Annual report of the Prince of Wales Medical College, Patna
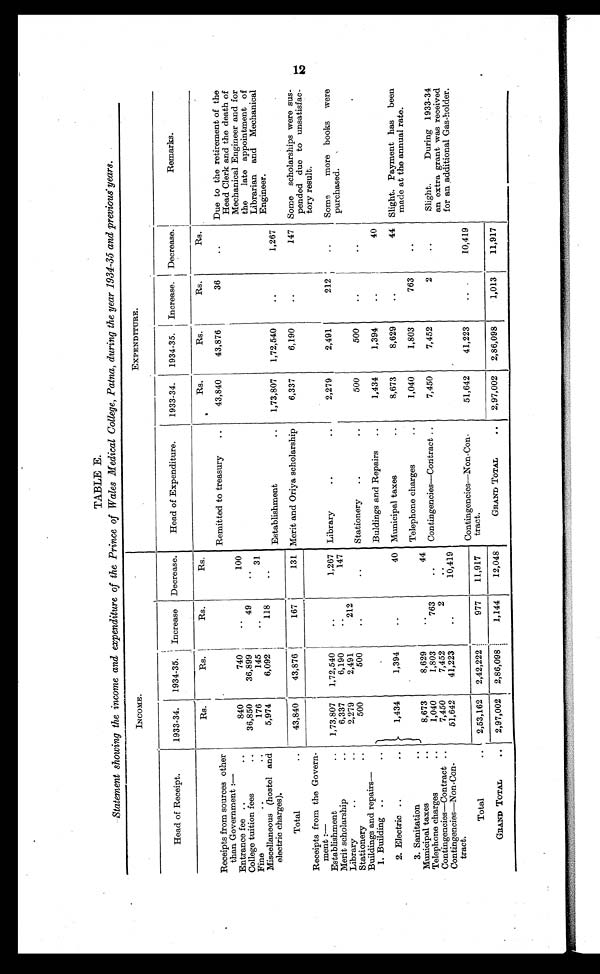
TABLE E.
Statement showing the income and expenditure of the Prince of Wales Medical College, Patna, during the year 1934–35 and previous years.
INCOME.
EXPENDITURE.
Head of Receipt.
1933–34.
1934–35. Increase
Decrease.
Head of Expenditure.
1933–34.
1934–35.
I n c r e a s e . Decrease.
Remarks.
Rs.
Rs.
Rs.
Rs.
Rs.
Rs.
Rs.
Rs.
Receipts from sources other
than Government:—
Remitted to treasury
..
43,840
43,876
36
..
Due to the retirement of the
Head Clerk and the death of
Mechanical Engineer and for
the late appointment of
Librarian and Mechanical
Engineer.
Entrance fee ..
..
840
740
..
100
College tuition fees
..
36,850
36,899
49
..
Fine
..
..
176
145
..
31
Miscellaneous (hostel and
electric charges).
5,974
6,092
118
..
Establishment
..
1,73,807
1,72,540
..
1,267
Total
..
43,840
43,876
167
131 Merit and Oriya scholarship
6,337
6,190
..
147 Some scholarships were sus-
pended due to unsatisfac-
tory result.
Receipts from the Govern-
ment:—
Establishment
..
1,73,807
1,72,540
. .
1,267 Library
. .
..
2,279
2,491
212
. .
Some more books were
purchased.
Merit scholarship
..
6,337
6,190
..
147
Library
..
..
2,279
2,491
212
Stationery
..
500
500
..
..
Stationery
..
..
500
500
..
..
Buildings and repairs
—
1. Building ..
..
1,434
1,394
..
40
Buldings and Repairs
..
1,434
1,394
..
40
2. Electric ..
..
Municipal taxes
..
8,673
8,629
..
44 Slight. Payment has been
made at the annual rate.
3. Sanitation
. .
Telephone charges
..
1,040
1,803
763
..
Municipal taxes
..
8,673
8,629
..
44
Telephone charges
..
1,040
1,803
763
..
Contingencies—Contract ..
7,450
7,452
2
..
Slight. During 1933–34
an extra grant was received
for an additional Gas-holder.
Contingencies—Contract ..
7,450
7,452
2
..
Contingencies—Non-Con-
tract.
51,642
41,223
..
10,419
Total
..
2,53,162
2,42,222
977
11,917
Contingencies—Non-Con-
tract.
51,642
41,223
..
10,419
GRAND TOTAL
..
2,97,002
2,86,098
1,144
12,048
GRAND TOTAL
..
2,97,002
2,86,098
1,013
11,917
12